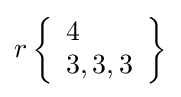
r\left\{{\begin{array}{l}4\\3,3,3\end{array}}\right\}